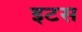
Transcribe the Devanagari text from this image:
इटस